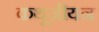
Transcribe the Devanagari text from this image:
कथूजीयन